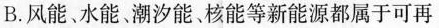
B.风能、水能。潮汐能核能等新能源都属于可再